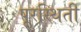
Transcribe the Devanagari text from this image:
पूरस्थिती